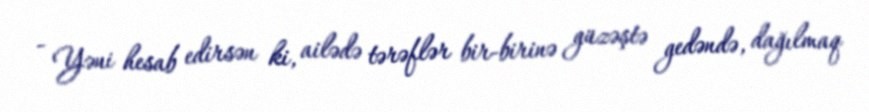
- Yəni hesab edirsən ki, ailədə tərəflər bir-birinə güzəştə gedəndə, dağılmaq